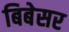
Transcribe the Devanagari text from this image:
बिबेसर